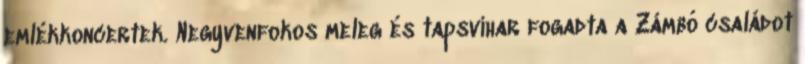
emlékkoncertek. Negyvenfokos meleg és tapsvihar fogadta a Zámbó családot